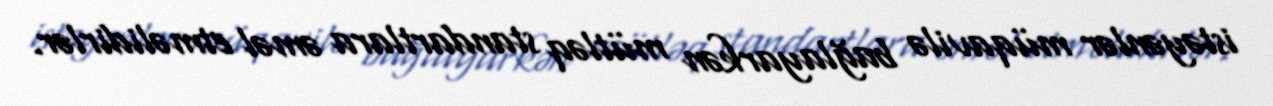
istəyənlər müqavilə bağlayarkən mütləq standartlara əməl etməlidirlər.